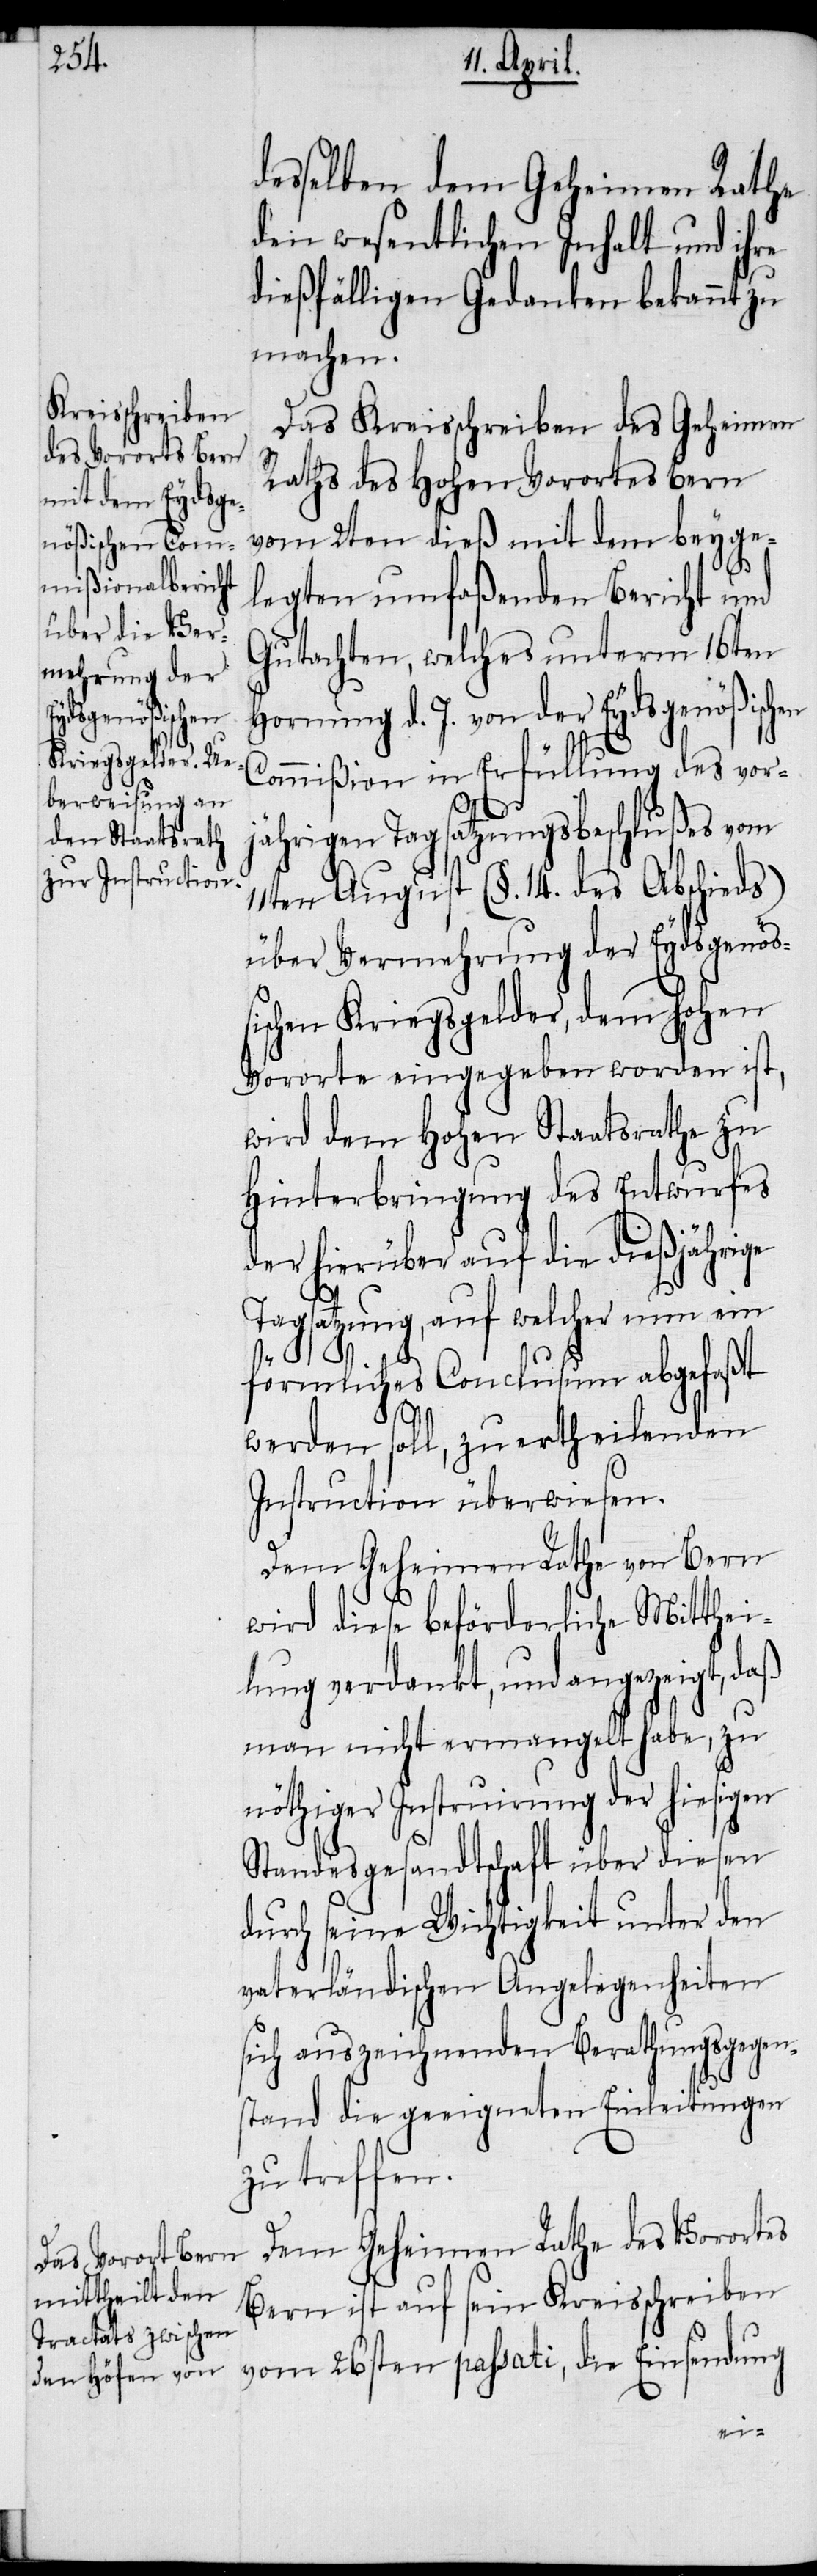
desselben dem Geheimen Rathe
den wesentlichen Inhalt und ihre
dießfälligen Gedanken bekannt zu
machen.
Das Kreisschreiben des Geheimen
Raths des Hohen Vorortes Bern
vom 2ten dieß mit dem beyge¬
legten umfaßenden Bericht und
Gutachten, welches unterm 16ten
Hornung d. J. von der Eydsgenößischen
Commißion in Erfüllung des vor¬
jährigen Tagsatzungsbeschlußes vom
11ten August (§. 14. des Abschieds)
über Vermehrung der Eydsgenöß¬
ischen Kriegsgelder, dem hohen
Vororte eingegeben worden ist,
wird dem Hohen Staatsrathe zu
Hinterbringung des Entwurfes
der hierüber auf die dießjährige
Tagsatzung, auf welcher nun ein
förmliches Conclusum abgefaßt
werden soll, zu ertheilenden
Instruction überwiesen.
Dem Geheimen Rathe von Bern
wird diese beförderliche Mitthei¬
lung verdankt, und angezeigt, daß
man nicht ermangelt habe, zu
nöthiger Instruirung der hiesigen
Standesgesandtschaft über diesen
durch seine Wichtigkeit unter den
vaterländischen Angelegenheiten
sich auszeichnenden Berathungsgegen¬
stand die geeigneten Einleitungen
zu treffen.
Dem Geheimen Rathe des Vorortes
Bern ist auf sein Kreisschreiben
vom 26sten passati, die Einsendung